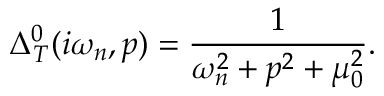
\Delta _ { T } ^ { 0 } ( i \omega _ { n } , p ) = \frac { 1 } { \omega _ { n } ^ { 2 } + p ^ { 2 } + \mu _ { 0 } ^ { 2 } } .